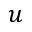
u